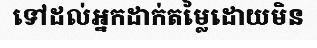
ទៅដល់អ្នកដាក់តម្លៃដោយមិន